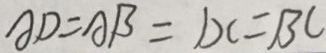
A D = A B = D C = B C